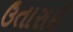
ઉતારાઈ